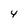
Character: 4